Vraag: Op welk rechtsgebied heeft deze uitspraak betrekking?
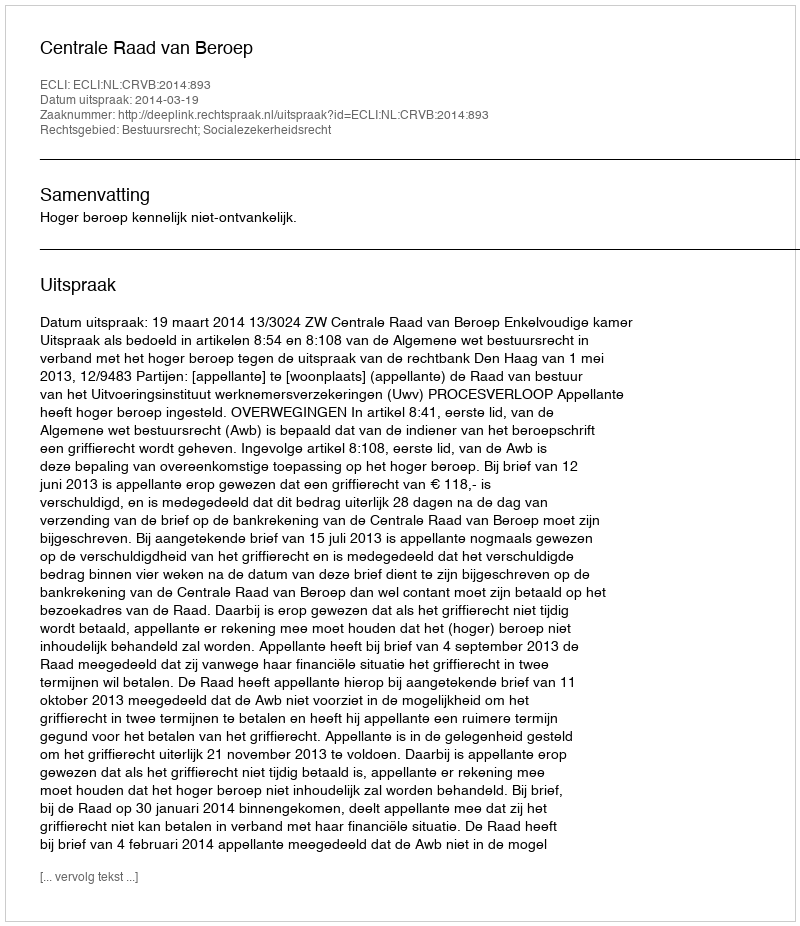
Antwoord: Bestuursrecht; Socialezekerheidsrecht